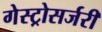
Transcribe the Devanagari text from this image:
गेस्ट्रोसर्जरी